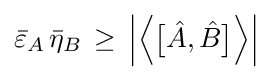
{\bar {\varepsilon }}_{A}\,{\bar {\eta }}_{B}\,\geq \,\left|{\Bigl \langle }{\bigl [}{\hat {A}},{\hat {B}}{\bigr ]}{\Bigr \rangle }\right|